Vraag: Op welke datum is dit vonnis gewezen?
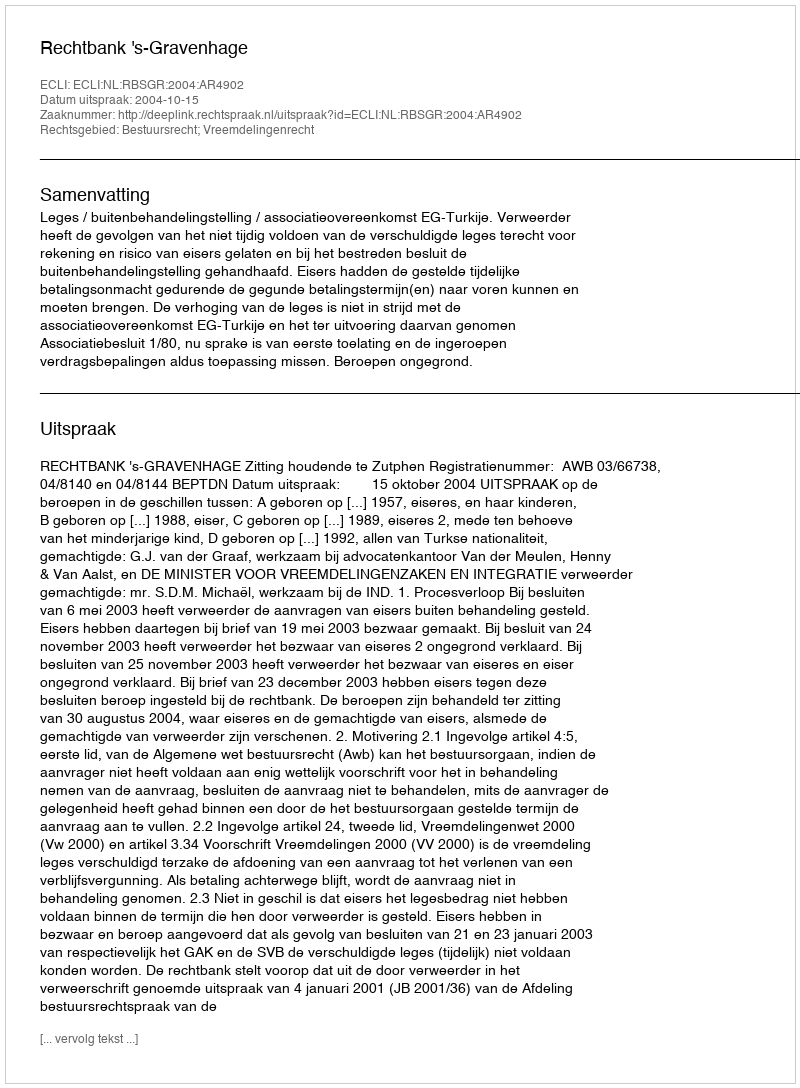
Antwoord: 2004-10-15